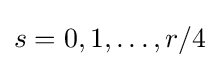
s=0,1,\dots ,r/4